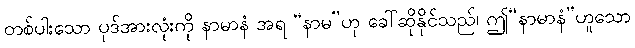
တစ်ပါးသော ပုဒ်အားလုံးကို နာမာနံ အရ “နာမ”ဟု ခေါ်ဆိုနိုင်သည်၊ ဤ“နာမာနံ”ဟူသော